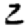
Digit: 2